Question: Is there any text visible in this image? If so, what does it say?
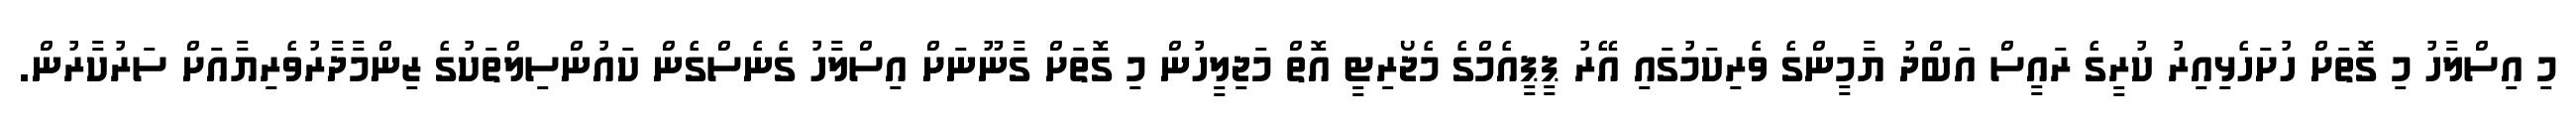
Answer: މި އިސްލާހު މި ގޮތަށް ހުށަހެޅިއިރު ކުރީގެ ރައީސް އަބްދު ޔާމީންގެ ވެރިކަމުގައި އޭރު ޕީޕީއެމްގެ މެޖޯރިޓީ އޮތް މަޖިލީހުން މި ގޮތަށް ގާނޫނަށް އިސްލާހު ގެނެސްގެން ކައުންސިލްތަކުގެ ޒިންމާދާރުވެރިޔާއަށް ސަރުކާރުން.